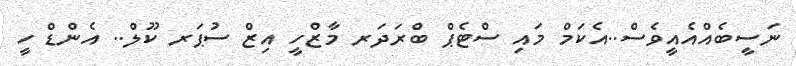
ނަސީބެއްއެއީވެސް..އެކަމް މައި ސްޓެޕް ބްރަދަރ މާޒްހީ އިޒް ސުޕަރ ކޫލް.. އެންޑް ހީ